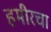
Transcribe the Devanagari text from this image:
हमीरचा